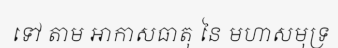
ទៅ តាម អាកាសធាតុ នៃ មហាសមុទ្រ